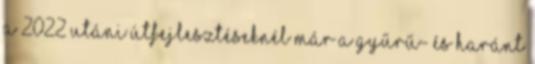
a 2022 utáni útfejlesztéseknél már a gyűrű- és haránt